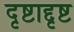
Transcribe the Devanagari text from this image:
दृष्टाद्दृष्ट